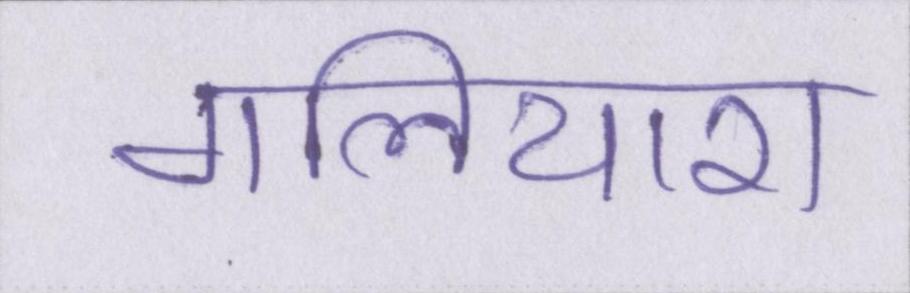
गलियारा